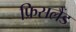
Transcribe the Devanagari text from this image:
फ्रिसलैंड